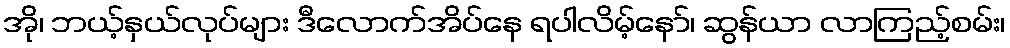
အို၊ ဘယ့်နှယ်လုပ်များ ဒီလောက်အိပ်နေ ရပါလိမ့်နော်၊ ဆွန်ယာ လာကြည့်စမ်း၊